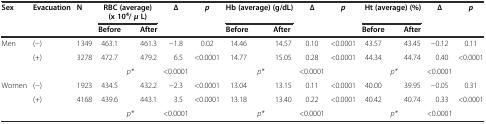
<table><thead><tr><td rowspan="2"><b>Sex</b></td><td rowspan="2"><b>Evacuation</b></td><td rowspan="2"><b>N</b></td><td colspan="3"><b>RBC (average) (x 10<sup>4</sup>/<i>μ</i>L)</b></td><td rowspan="2"><b>∆</b></td><td rowspan="2"><b><i>p</i></b></td><td colspan="3"><b>Hb (average) (g/dL)</b></td><td rowspan="2"><b>∆</b></td><td rowspan="2"><b><i>p</i></b></td><td colspan="3"><b>Ht (average) (%)</b></td><td rowspan="2"><b>∆</b></td><td rowspan="2"><b><i>p</i></b></td></tr><tr><td><b>Before</b></td><td></td><td><b>After</b></td><td><b>Before</b></td><td></td><td><b>After</b></td><td><b>Before</b></td><td></td><td><b>After</b></td></tr></thead><tbody><tr><td rowspan="3">Men</td><td>(-)</td><td>1349</td><td>463.1</td><td></td><td>461.3</td><td>-1.8</td><td>0.02</td><td>14.46</td><td></td><td>14.57</td><td>0.10</td><td>&lt;0.0001</td><td>43.57</td><td></td><td>43.45</td><td>-0.12</td><td>0.11</td></tr><tr><td>(+)</td><td>3278</td><td>472.7</td><td></td><td>479.2</td><td>6.5</td><td>&lt;0.0001</td><td>14.77</td><td></td><td>15.05</td><td>0.28</td><td>&lt;0.0001</td><td>44.34</td><td></td><td>44.74</td><td>0.40</td><td>&lt;0.0001</td></tr><tr><td></td><td></td><td></td><td><i>p*</i></td><td></td><td>&lt;0.0001</td><td></td><td></td><td><i>p*</i></td><td></td><td>&lt;0.0001</td><td></td><td></td><td><i>p*</i></td><td></td><td>&lt;0.0001</td><td></td></tr><tr><td rowspan="3">Women</td><td>(-)</td><td>1923</td><td>434.5</td><td></td><td>432.2</td><td>-2.3</td><td>&lt;0.0001</td><td>13.04</td><td></td><td>13.15</td><td>0.11</td><td>&lt;0.0001</td><td>40.00</td><td></td><td>39.95</td><td>-0.05</td><td>0.31</td></tr><tr><td>(+)</td><td>4168</td><td>439.6</td><td></td><td>443.1</td><td>3.5</td><td>&lt;0.0001</td><td>13.18</td><td></td><td>13.40</td><td>0.22</td><td>&lt;0.0001</td><td>40.42</td><td></td><td>40.74</td><td>0.33</td><td>&lt;0.0001</td></tr><tr><td></td><td></td><td></td><td><i>p*</i></td><td></td><td>&lt;0.0001</td><td></td><td></td><td><i>p*</i></td><td></td><td>&lt;0.0001</td><td></td><td></td><td><i>p*</i></td><td></td><td>&lt;0.0001</td><td></td></tr></tbody></table>